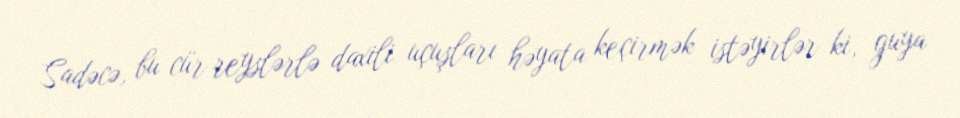
Sadəcə, bu cür reyslərlə daxili uçuşları həyata keçirmək istəyirlər ki, guya